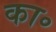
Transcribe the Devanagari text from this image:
का॰